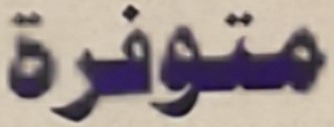
متوفرة